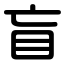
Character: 盲